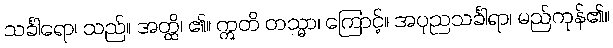
သင်္ခါရော၊ သည်။ အတ္ထိ၊ ၏။ ဣတိ တသ္မာ၊ ကြောင့်။ အပုညသင်္ခါရာ၊ မည်ကုန်၏။